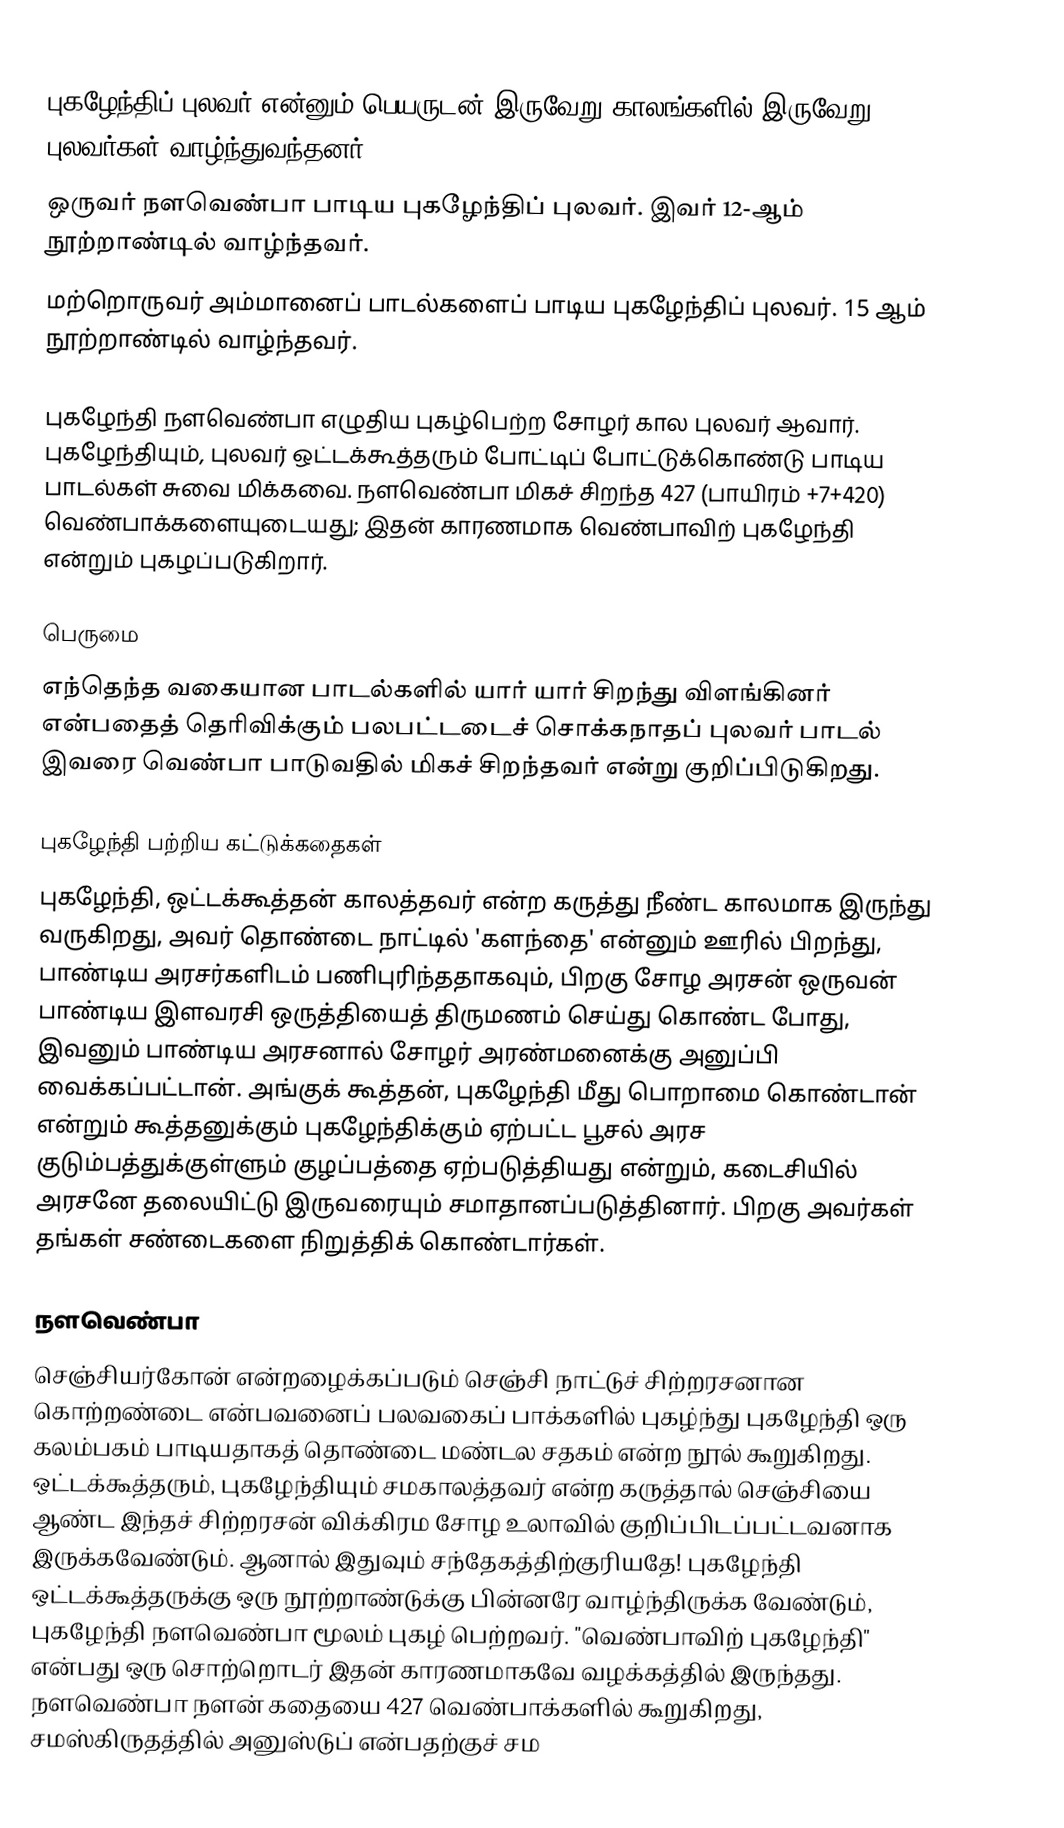
புகழேந்திப் புலவர் என்னும் பெயருடன் இருவேறு காலங்களில் இருவேறு புலவர்கள் வாழ்ந்துவந்தனர்.
 ஒருவர் நளவெண்பா பாடிய புகழேந்திப் புலவர். இவர் 12-ஆம் நூற்றாண்டில் வாழ்ந்தவர்.
 மற்றொருவர் அம்மானைப் பாடல்களைப் பாடிய புகழேந்திப் புலவர். 15 ஆம் நூற்றாண்டில் வாழ்ந்தவர்.

புகழேந்தி நளவெண்பா எழுதிய புகழ்பெற்ற சோழர் கால புலவர் ஆவார். புகழேந்தியும், புலவர் ஒட்டக்கூத்தரும் போட்டிப் போட்டுக்கொண்டு பாடிய பாடல்கள் சுவை மிக்கவை. நளவெண்பா மிகச் சிறந்த 427 (பாயிரம் +7+420) வெண்பாக்களையுடையது; இதன் காரணமாக வெண்பாவிற் புகழேந்தி என்றும் புகழப்படுகிறார்.

பெருமை
எந்தெந்த வகையான பாடல்களில் யார் யார் சிறந்து விளங்கினர் என்பதைத் தெரிவிக்கும் பலபட்டடைச் சொக்கநாதப் புலவர் பாடல் இவரை வெண்பா பாடுவதில் மிகச் சிறந்தவர் என்று குறிப்பிடுகிறது.

புகழேந்தி பற்றிய கட்டுக்கதைகள்
புகழேந்தி, ஒட்டக்கூத்தன் காலத்தவர் என்ற கருத்து நீண்ட காலமாக இருந்து வருகிறது, அவர் தொண்டை நாட்டில் 'களந்தை' என்னும் ஊரில் பிறந்து, பாண்டிய அரசர்களிடம் பணிபுரிந்ததாகவும், பிறகு சோழ அரசன் ஒருவன் பாண்டிய இளவரசி ஒருத்தியைத் திருமணம் செய்து கொண்ட போது, இவனும் பாண்டிய அரசனால் சோழர் அரண்மனைக்கு அனுப்பி வைக்கப்பட்டான். அங்குக் கூத்தன், புகழேந்தி மீது பொறாமை கொண்டான் என்றும் கூத்தனுக்கும் புகழேந்திக்கும் ஏற்பட்ட பூசல் அரச குடும்பத்துக்குள்ளும் குழப்பத்தை ஏற்படுத்தியது என்றும், கடைசியில் அரசனே தலையிட்டு இருவரையும் சமாதானப்படுத்தினார். பிறகு அவர்கள் தங்கள் சண்டைகளை நிறுத்திக் கொண்டார்கள்.

நளவெண்பா
செஞ்சியர்கோன் என்றழைக்கப்படும் செஞ்சி நாட்டுச் சிற்றரசனான கொற்றண்டை என்பவனைப் பலவகைப் பாக்களில் புகழ்ந்து புகழேந்தி ஒரு கலம்பகம் பாடியதாகத் தொண்டை மண்டல சதகம் என்ற நூல் கூறுகிறது. ஒட்டக்கூத்தரும், புகழேந்தியும் சமகாலத்தவர் என்ற கருத்தால் செஞ்சியை ஆண்ட இந்தச் சிற்றரசன் விக்கிரம சோழ உலாவில் குறிப்பிடப்பட்டவனாக இருக்கவேண்டும். ஆனால் இதுவும் சந்தேகத்திற்குரியதே! புகழேந்தி ஒட்டக்கூத்தருக்கு ஒரு நூற்றாண்டுக்கு பின்னரே வாழ்ந்திருக்க வேண்டும், புகழேந்தி நளவெண்பா மூலம் புகழ் பெற்றவர். "வெண்பாவிற் புகழேந்தி" என்பது ஒரு சொற்றொடர் இதன் காரணமாகவே வழக்கத்தில் இருந்தது. நளவெண்பா நளன் கதையை 427 வெண்பாக்களில் கூறுகிறது, சமஸ்கிருதத்தில் அனுஸ்டுப் என்பதற்குச் சம